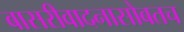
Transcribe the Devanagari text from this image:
बासरीवादनासोबतच